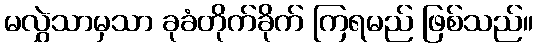
မလွှဲသာမှသာ ခုခံတိုက်ခိုက် ကြရမည် ဖြစ်သည်။